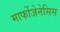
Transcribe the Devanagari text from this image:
मार्फोजेनेसिस